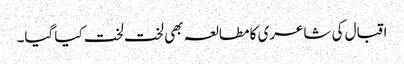
اقبال کی شاعری کا مطالعہ بھی لخت لخت کیا گیا۔